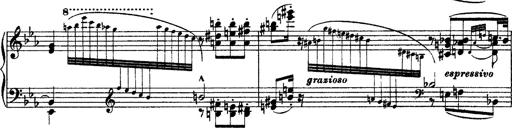
Title: Grandes Ã©tudes de Paganini
Composer: Franz Liszt